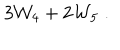
LaTeX: 3 { \cal W } _ { 4 } + 2 { \cal W } _ { 5 } \; .